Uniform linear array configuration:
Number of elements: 12
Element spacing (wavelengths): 1
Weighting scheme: kaiser
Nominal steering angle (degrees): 30
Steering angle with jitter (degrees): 28.4
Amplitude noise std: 0.05
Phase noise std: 0.05

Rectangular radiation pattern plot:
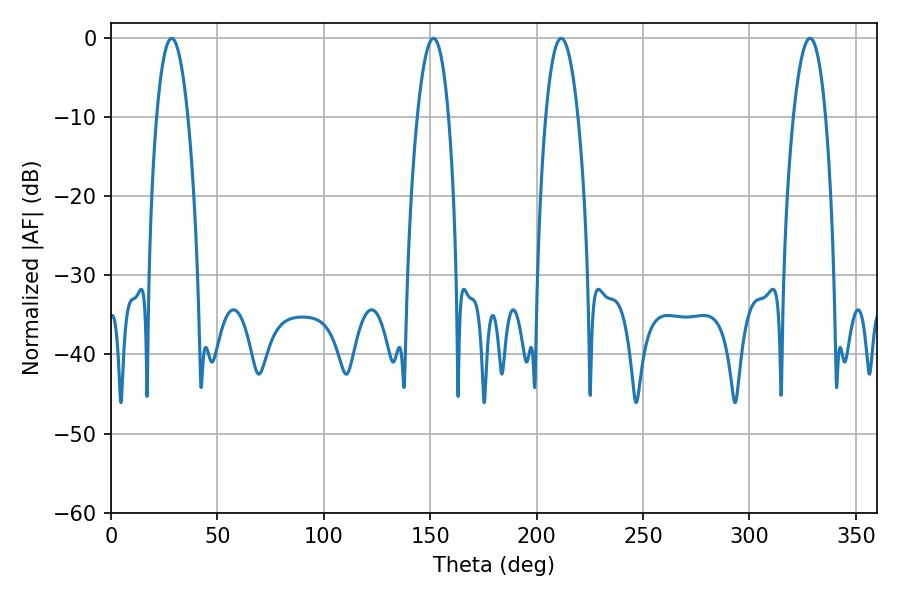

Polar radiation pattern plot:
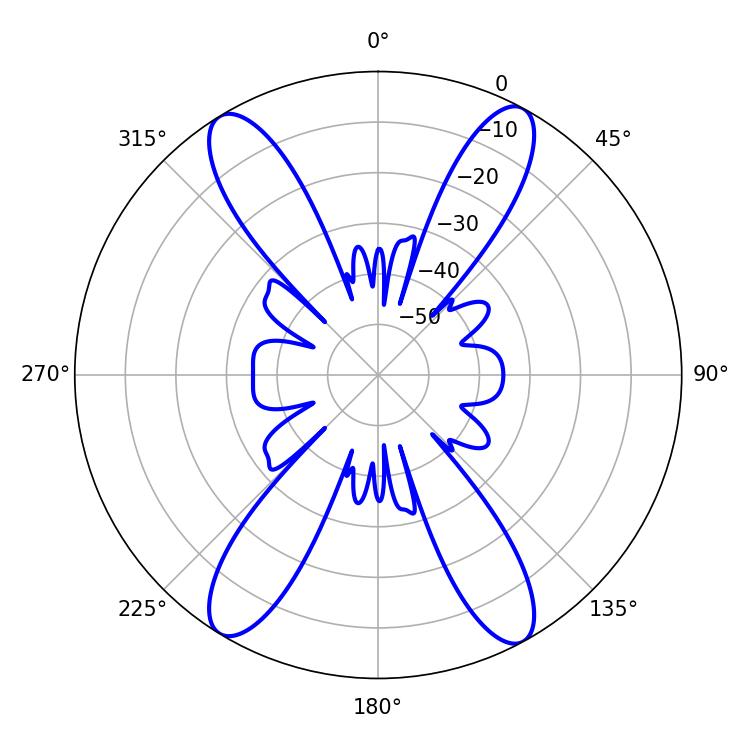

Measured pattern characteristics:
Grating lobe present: TRUE
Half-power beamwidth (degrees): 8.46
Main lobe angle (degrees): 211.5